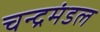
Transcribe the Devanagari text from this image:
चन्द्रमंडल